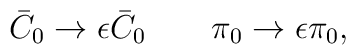
\bar C_0\to \epsilon \bar C_0\qquad \pi_0\to\epsilon\pi_0,